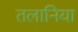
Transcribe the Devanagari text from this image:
तलानिया